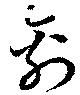
禽